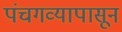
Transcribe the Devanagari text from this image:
पंचगव्यापासून